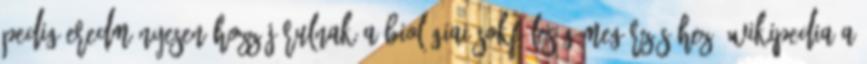
pedig eredményesen hozzájárulnak a biológiai sokféleség megőrzéséhez. Wikipedia A